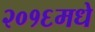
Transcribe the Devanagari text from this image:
२०१६मधे